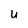
Character: u